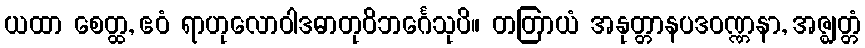
ယထာ စေတ္ထ, ဧဝံ ရာဟုလောဝါဒဓာတုဝိဘင်္ဂေသုပိ။ တတြာယံ အနုတ္တာနပဒဝဏ္ဏနာ, အဇ္ဈတ္တံ